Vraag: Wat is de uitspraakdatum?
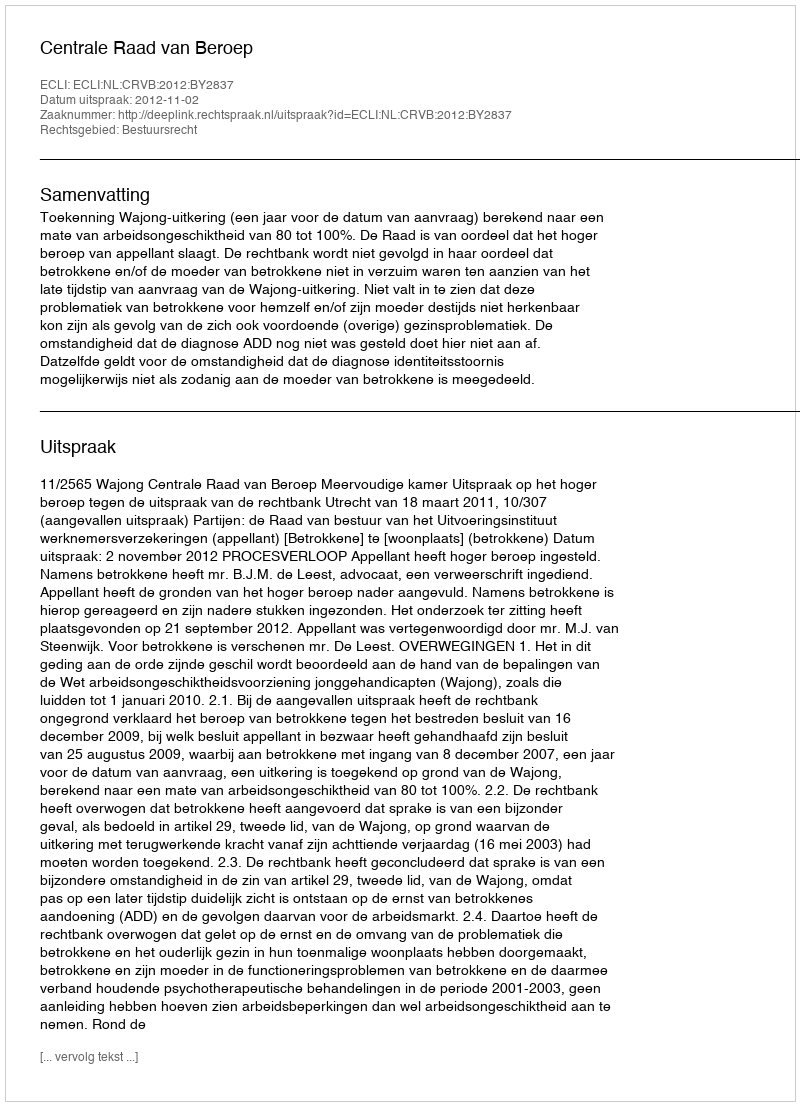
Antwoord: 2012-11-02